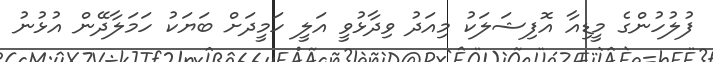
ފުލުހުންގެ މީޑިއާ އޮފިޝަލަކު މިއަދު ވިދާޅުވީ އަލީ ހަމީދަށް ބަޔަކު ހަމަލާދޭން އުޅުނު